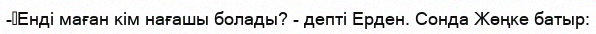
-	Енді маған кім нағашы болады? - депті Ерден. Сонда Жөңке батыр: